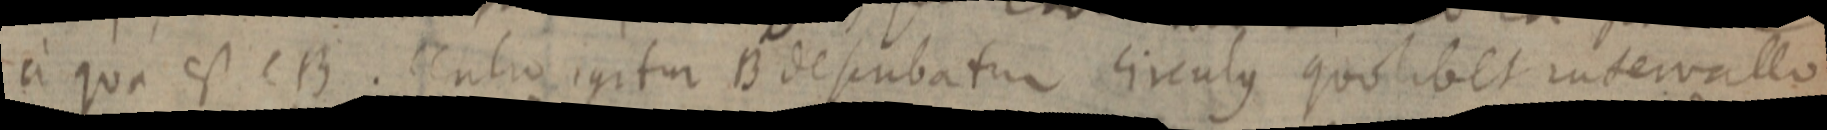
a qua est CB. centro igitur B describatur circulus quolibet intervallo